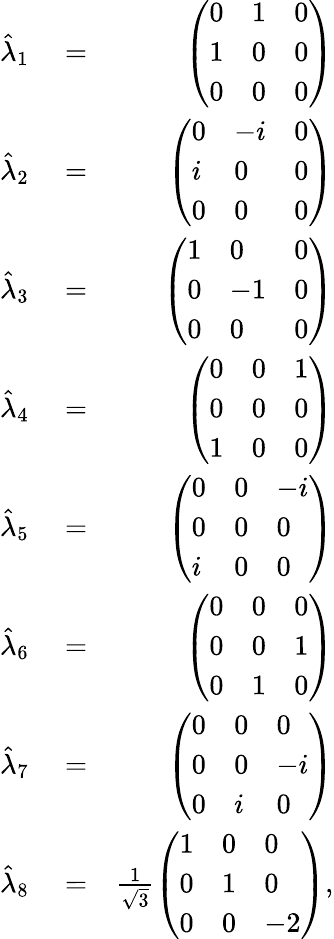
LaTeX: \begin{array}{rlr}{\hat{\lambda}_{1}}&{{}=}&{\left(\begin{array}{lll}{0}&{1}&{0}\\ {1}&{0}&{0}\\ {0}&{0}&{0}\end{array}\right)}\\ {\hat{\lambda}_{2}}&{{}=}&{\left(\begin{array}{lll}{0}&{-i}&{0}\\ {i}&{0}&{0}\\ {0}&{0}&{0}\end{array}\right)}\\ {\hat{\lambda}_{3}}&{{}=}&{\left(\begin{array}{lll}{1}&{0}&{0}\\ {0}&{-1}&{0}\\ {0}&{0}&{0}\end{array}\right)}\\ {\hat{\lambda}_{4}}&{{}=}&{\left(\begin{array}{lll}{0}&{0}&{1}\\ {0}&{0}&{0}\\ {1}&{0}&{0}\end{array}\right)}\\ {\hat{\lambda}_{5}}&{{}=}&{\left(\begin{array}{lll}{0}&{0}&{-i}\\ {0}&{0}&{0}\\ {i}&{0}&{0}\end{array}\right)}\\ {\hat{\lambda}_{6}}&{{}=}&{\left(\begin{array}{lll}{0}&{0}&{0}\\ {0}&{0}&{1}\\ {0}&{1}&{0}\end{array}\right)}\\ {\hat{\lambda}_{7}}&{{}=}&{\left(\begin{array}{lll}{0}&{0}&{0}\\ {0}&{0}&{-i}\\ {0}&{i}&{0}\end{array}\right)}\\ {\hat{\lambda}_{8}}&{{}=}&{\frac{1}{\sqrt{3}}\left(\begin{array}{lll}{1}&{0}&{0}\\ {0}&{1}&{0}\\ {0}&{0}&{-2}\end{array}\right),}\end{array}